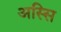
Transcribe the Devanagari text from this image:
अस्सि